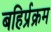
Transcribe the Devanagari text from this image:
बहिर्प्रक्रम